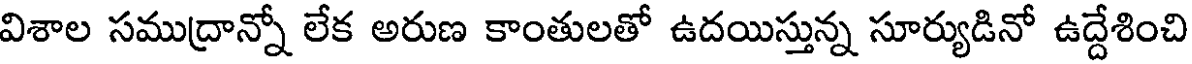
విశాల సముద్రాన్నో లేక అరుణ కాంతులతో ఉదయిస్తున్న సూర్యుడినో ఉద్దేశించి